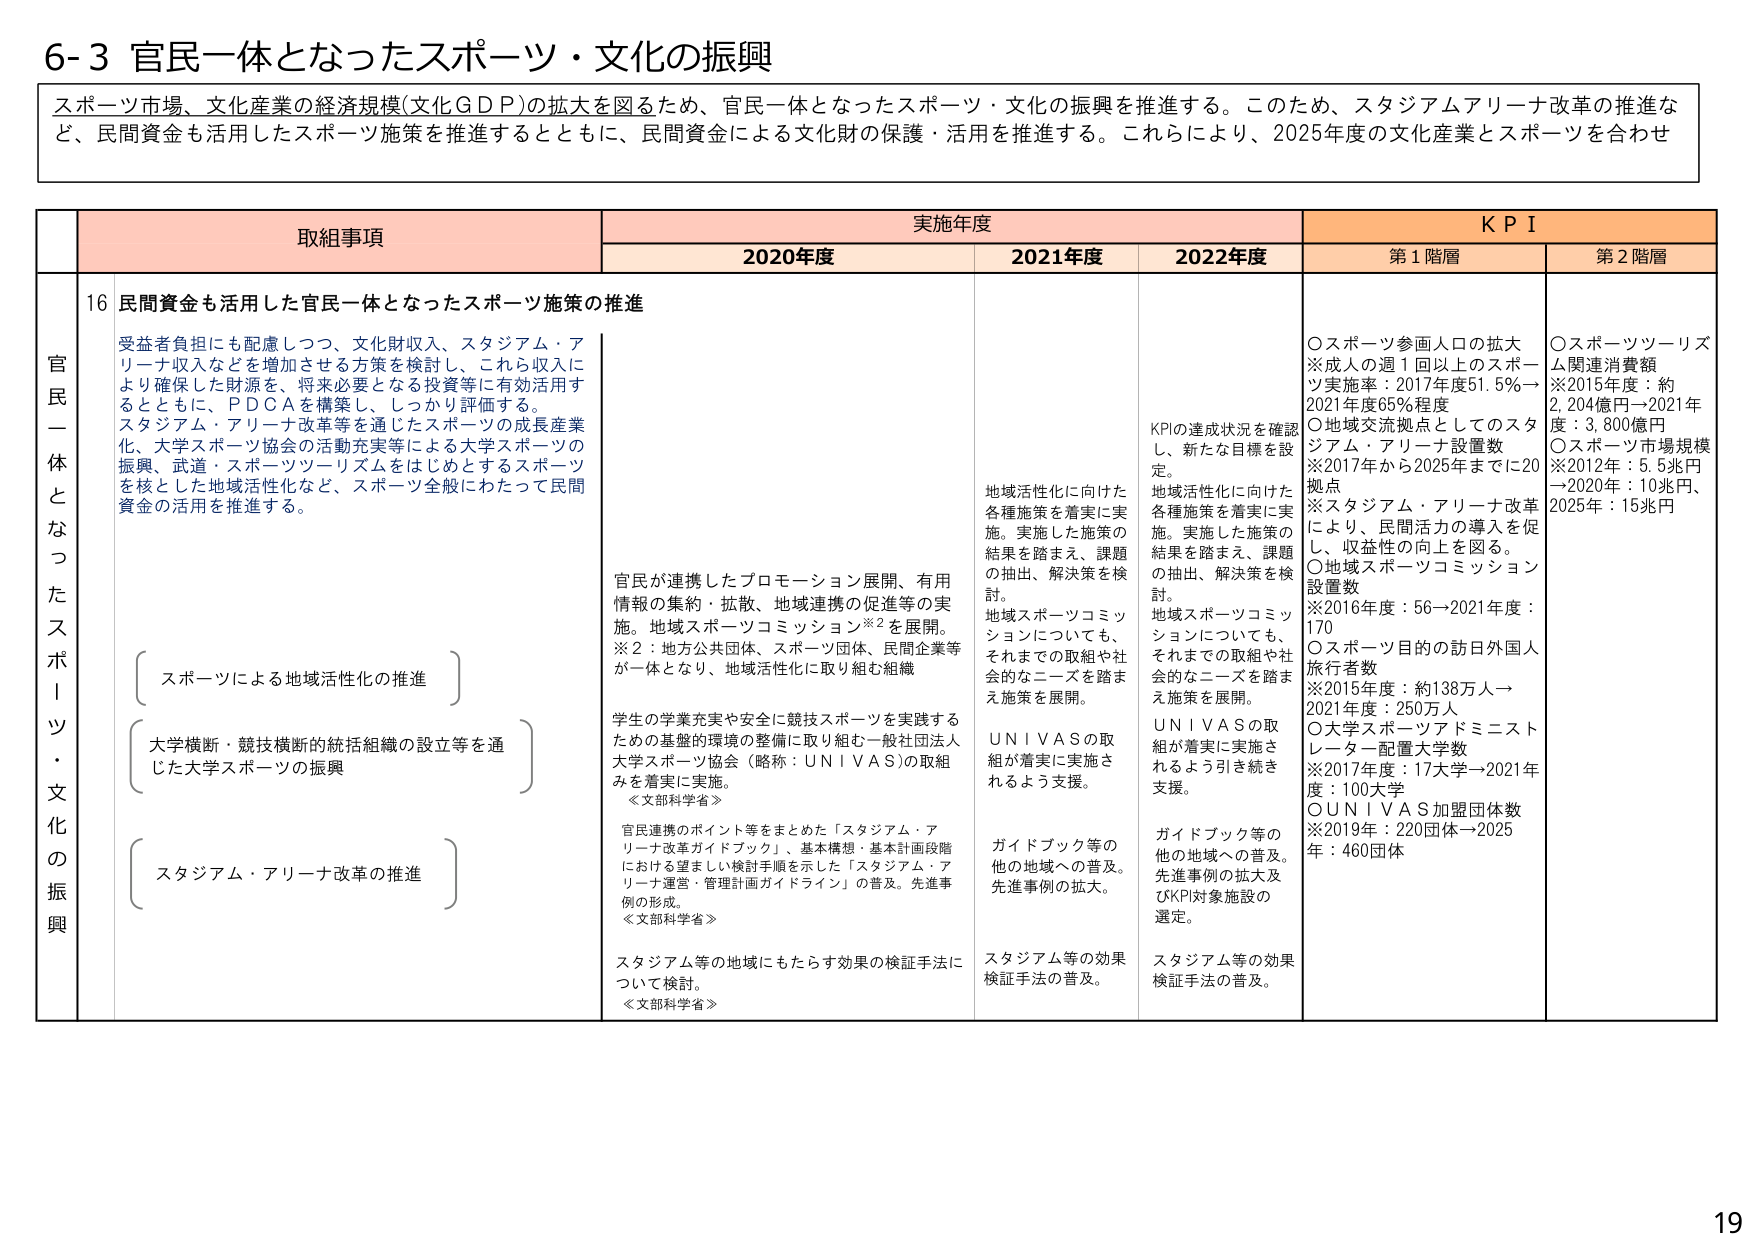
6-3 官民一体となったスポーツ・文化の振興

スポーツ市場、文化産業の経済規模(文化GDP)の拡大を図るため、官民一体となったスポーツ・文化の振興を推進する。このため、スタジアムアリーナ改革の推進など、民間資金も活用したスポーツ施策を推進するとともに、民間資金による文化財の保護・活用を推進する。これらにより、2025年度の文化産業とスポーツを合わせ

取組事項 実施年度 KPI
2020年度 2021年度 2022年度 第1階層 第2階層

官民一体となったスポーツ・文化の振興

16 民間資金も活用した官民一体となったスポーツ施策の推進

受益者負担にも配慮しつつ、文化財収入、スタジアム・アリーナ収入などを増加させる方策を検討し、これら収入により確保した財源を、将来必要となる投資等に有効活用するとともに、PDCAを構築し、しっかり評価する。
スタジアム・アリーナ改革等を通じたスポーツの成長産業振興、大学スポーツ協会の活動充実等による大学スポーツの振興、武道・スポーツツーリズムをはじめとするスポーツを核とした地域活性化など、スポーツ全般にわたって民間資金の活用を推進する。

（スポーツによる地域活性化の推進）

（大学横断・競技横断的統括組織の設立等を通じた大学スポーツの振興）

（スタジアム・アリーナ改革の推進）

2020年度
官民が連携したプロモーション展開、有用情報の集約・拡散、地域連携の促進等の実施。地域スポーツコミッション※2を展開。
※2：地方公共団体、スポーツ団体、民間企業等が一体となり、地域活性化に取り組む組織

学生の学業充実や安全に競技スポーツを実践するための基盤的環境の整備に取り組む一般社団法人大学スポーツ協会（略称：UNIVAS）の取組みを着実に実施。
《文部科学省》

官民連携のポイント等をまとめた「スタジアム・アリーナ改革ガイドブック」、基本構想・基本計画段階における望ましい検討手順を示した「スタジアム・アリーナ運営・管理計画ガイドライン」の普及。先進事例の形成。
《文部科学省》

スタジアム等の地域にもたらす効果の検証手法について検討。
《文部科学省》

2021年度
地域活性化に向けた各種施策を着実に実施。実施した施策の結果を踏まえ、課題の抽出、解決策を検討。
地域スポーツコミッションについても、それまでの取組や社会的なニーズを踏まえ施策を展開。

UNIVASの取組が着実に実施されるよう支援。

ガイドブック等の他の地域への普及。先進事例の拡大。

スタジアム等の効果検証手法の普及。

2022年度
KPIの達成状況を確認し、新たな目標を設定。
地域活性化に向けた各種施策を着実に実施。実施した施策の結果を踏まえ、課題の抽出、解決策を検討。
地域スポーツコミッションについても、それまでの取組や社会的なニーズを踏まえ施策を展開。

UNIVASの取組が着実に実施されるよう引き続き支援。

ガイドブック等の他の地域への普及。先進事例の拡大及びKPI対象施設の選定。

スタジアム等の効果検証手法の普及。

第1階層
○スポーツ参画人口の拡大
※成人の週1回以上のスポーツ実施率：2017年度51.5%→2021年度65%程度
○地域交流拠点としてのスタジアム・アリーナ設置数
※2017年から2025年までに20拠点
※スタジアム・アリーナ改革により、民間活力の導入を促し、収益性の向上を図る。
○地域スポーツコミッション設置数
※2016年度：56→2021年度：170
○スポーツ目的の訪日外国人旅行者数
※2015年度：約138万人→2021年度：250万人
○大学スポーツアドミニストレーター配置大学数
※2017年度：17大学→2021年度：100大学
○UNIVAS加盟団体数
※2019年：220団体→2025年：460団体

第2階層
○スポーツツーリズム関連消費額
※2015年度：約2,204億円→2021年度：3,800億円
○スポーツ市場規模
※2012年：5.5兆円→2020年：10兆円、2025年：15兆円

19